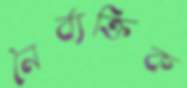
নৈর্ব্যক্তিক